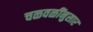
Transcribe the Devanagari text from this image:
चळवळींनुसार